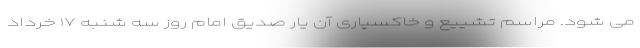
می شود. مراسم تشییع و خاکسپاری آن یار صدیق امام روز سه شنبه ۱۷ خرداد